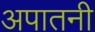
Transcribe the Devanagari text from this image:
अपातनी